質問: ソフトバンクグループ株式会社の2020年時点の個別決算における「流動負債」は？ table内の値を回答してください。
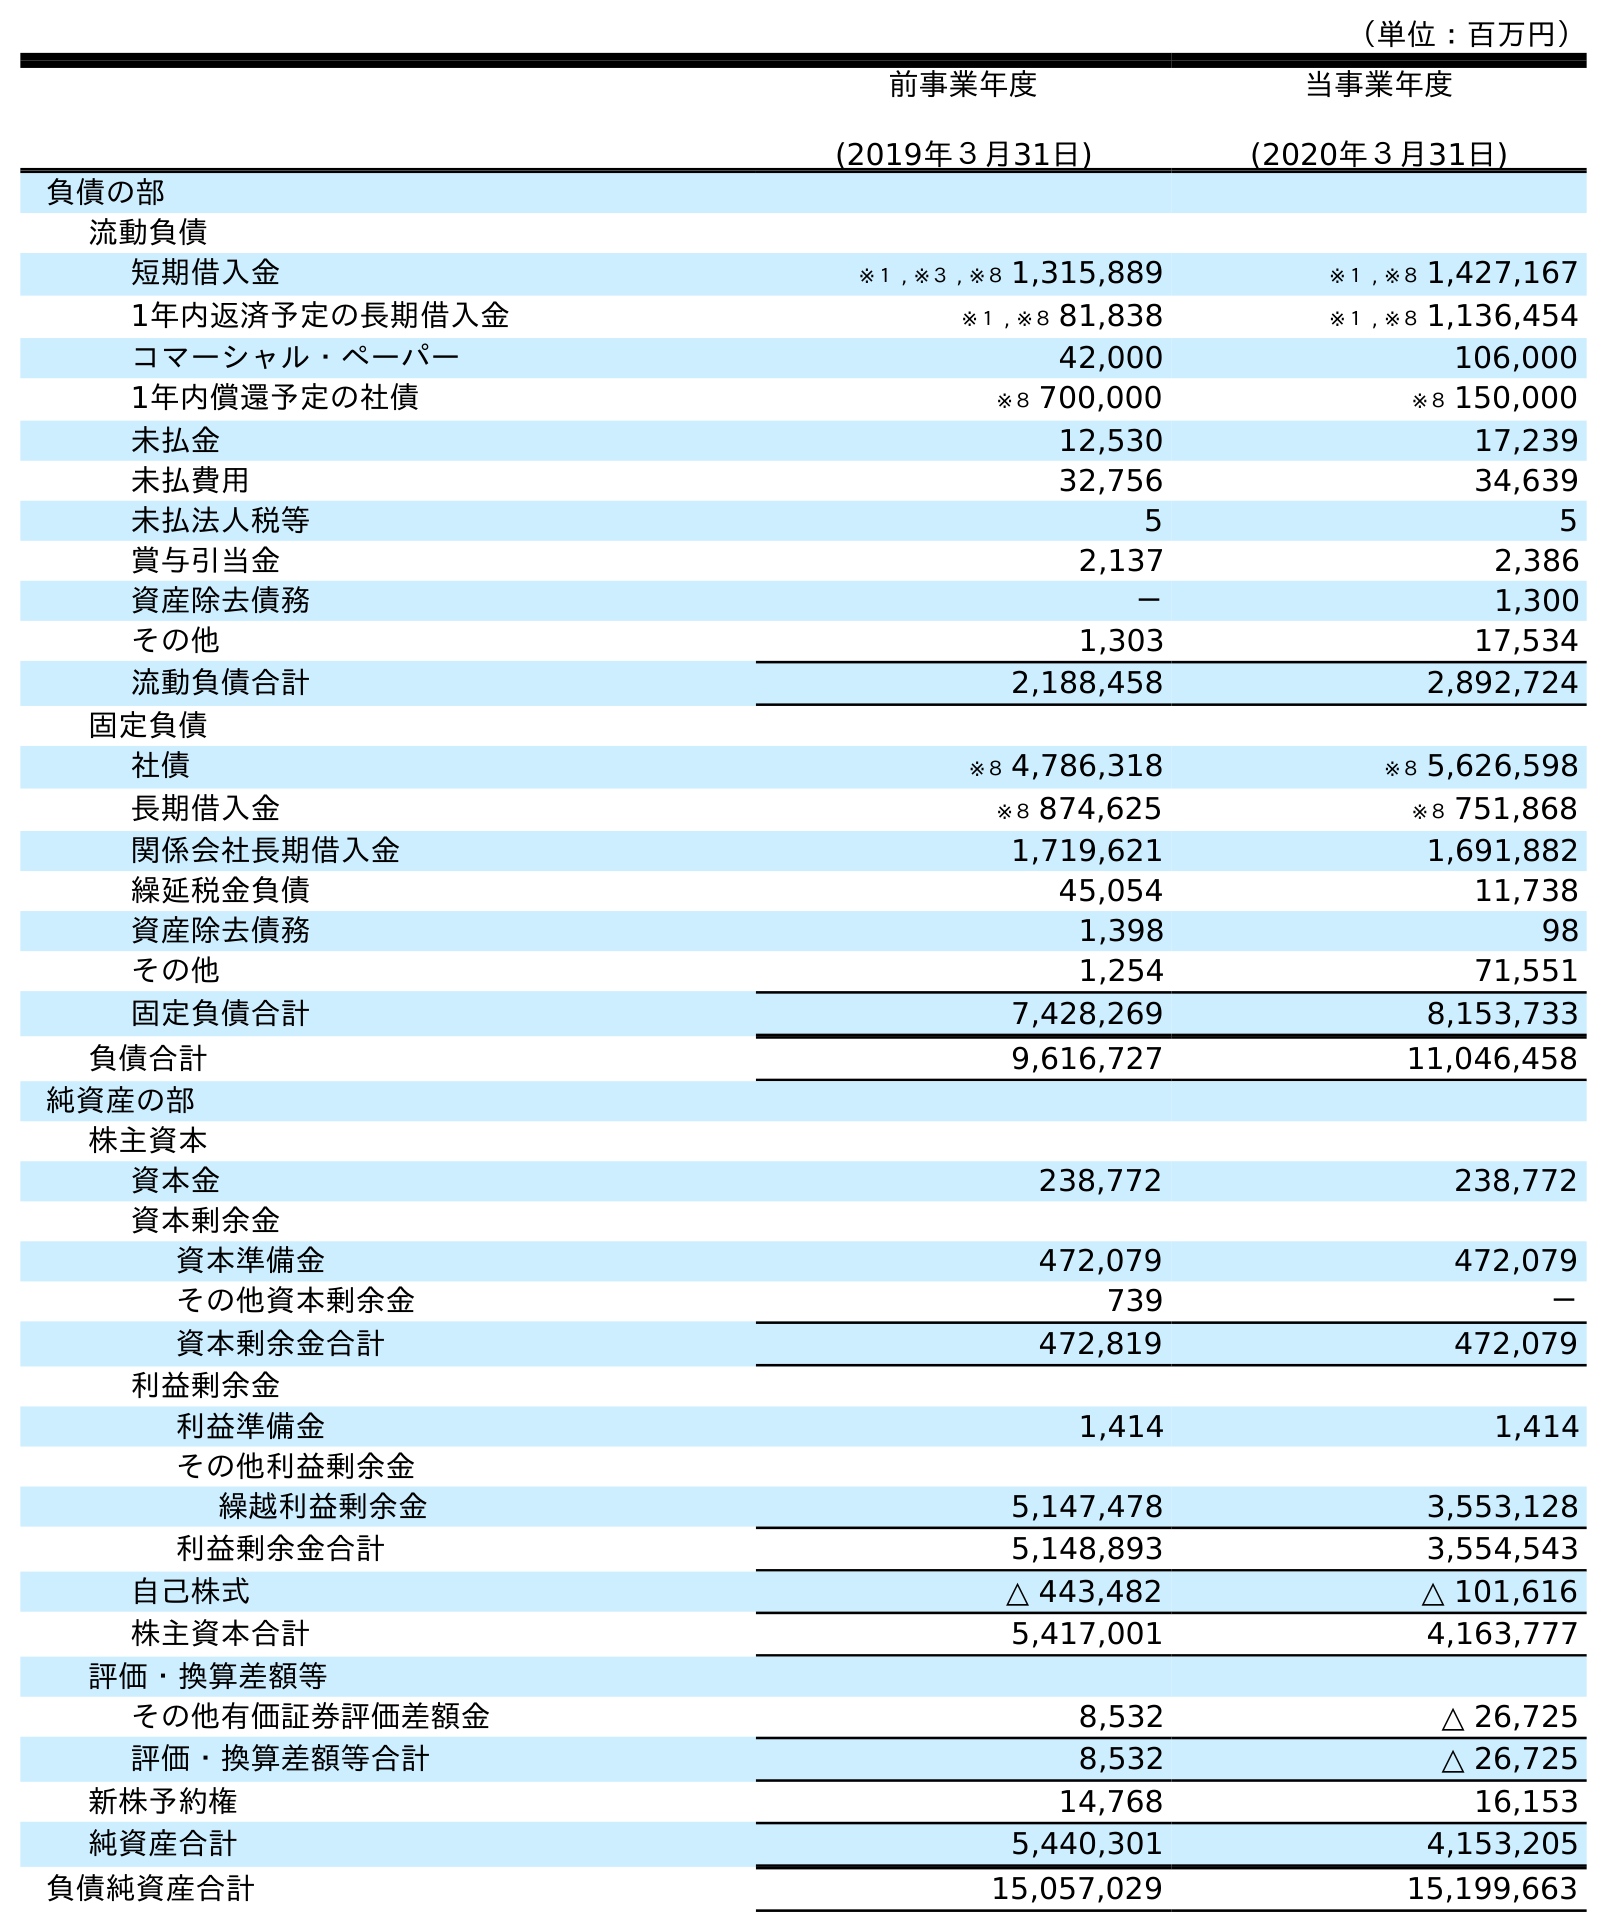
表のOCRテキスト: （単位：百万円） 前事業年度 (2019年３月31日) 当事業年度 (2020年３月31日) 負債の部 流動負債 短期借入金 ※１ , ※３ , ※８ 1,315,889 ※１ , ※８ 1,427,167 1年内返済予定の長期借入金 ※１ , ※８ 81,838 ※１ , ※８ 1,136,454 コマーシャル・ペーパー 42,000 106,000 1年内償還予定の社債 ※８ 700,000 ※８ 150,000 未払金 12,530 17,239 未払費用 32,756 34,639 未払法人税等 5 5 賞与引当金 2,137 2,386 資産除去債務 － 1,300 その他 1,303 17,534 流動負債合計 2,188,458 2,892,724 固定負債 社債 ※８ 4,786,318 ※８ 5,626,598 長期借入金 ※８ 874,625 ※８ 751,868 関係会社長期借入金 1,719,621 1,691,882 繰延税金負債 45,054 11,738 資産除去債務 1,398 98 その他 1,254 71,551 固定負債合計 7,428,269 8,153,733 負債合計 9,616,727 11,046,458 純資産の部 株主資本 資本金 238,772 238,772 資本剰余金 資本準備金 472,079 472,079 その他資本剰余金 739 － 資本剰余金合計 472,819 472,079 利益剰余金 利益準備金 1,414 1,414 その他利益剰余金 繰越利益剰余金 5,147,478 3,553,128 利益剰余金合計 5,148,893 3,554,543 自己株式 △ 443,482 △ 101,616 株主資本合計 5,417,001 4,163,777 評価・換算差額等 その他有価証券評価差額金 8,532 △ 26,725 評価・換算差額等合計 8,532 △ 26,725 新株予約権 14,768 16,153 純資産合計 5,440,301 4,153,205 負債純資産合計 15,057,029 15,199,663
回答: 2,892,724